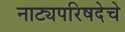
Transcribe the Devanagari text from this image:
नाट्यपरिषदेचे